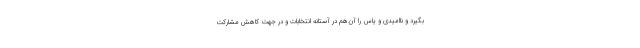
بگیرد و ناامیدی و یاس را آن‌هم در آستانه انتخابات و در جهت کاهش مشارکت